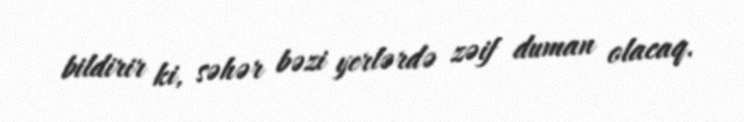
bildirir ki, səhər bəzi yerlərdə zəif duman olacaq.